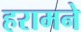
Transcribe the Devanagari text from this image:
हरामने